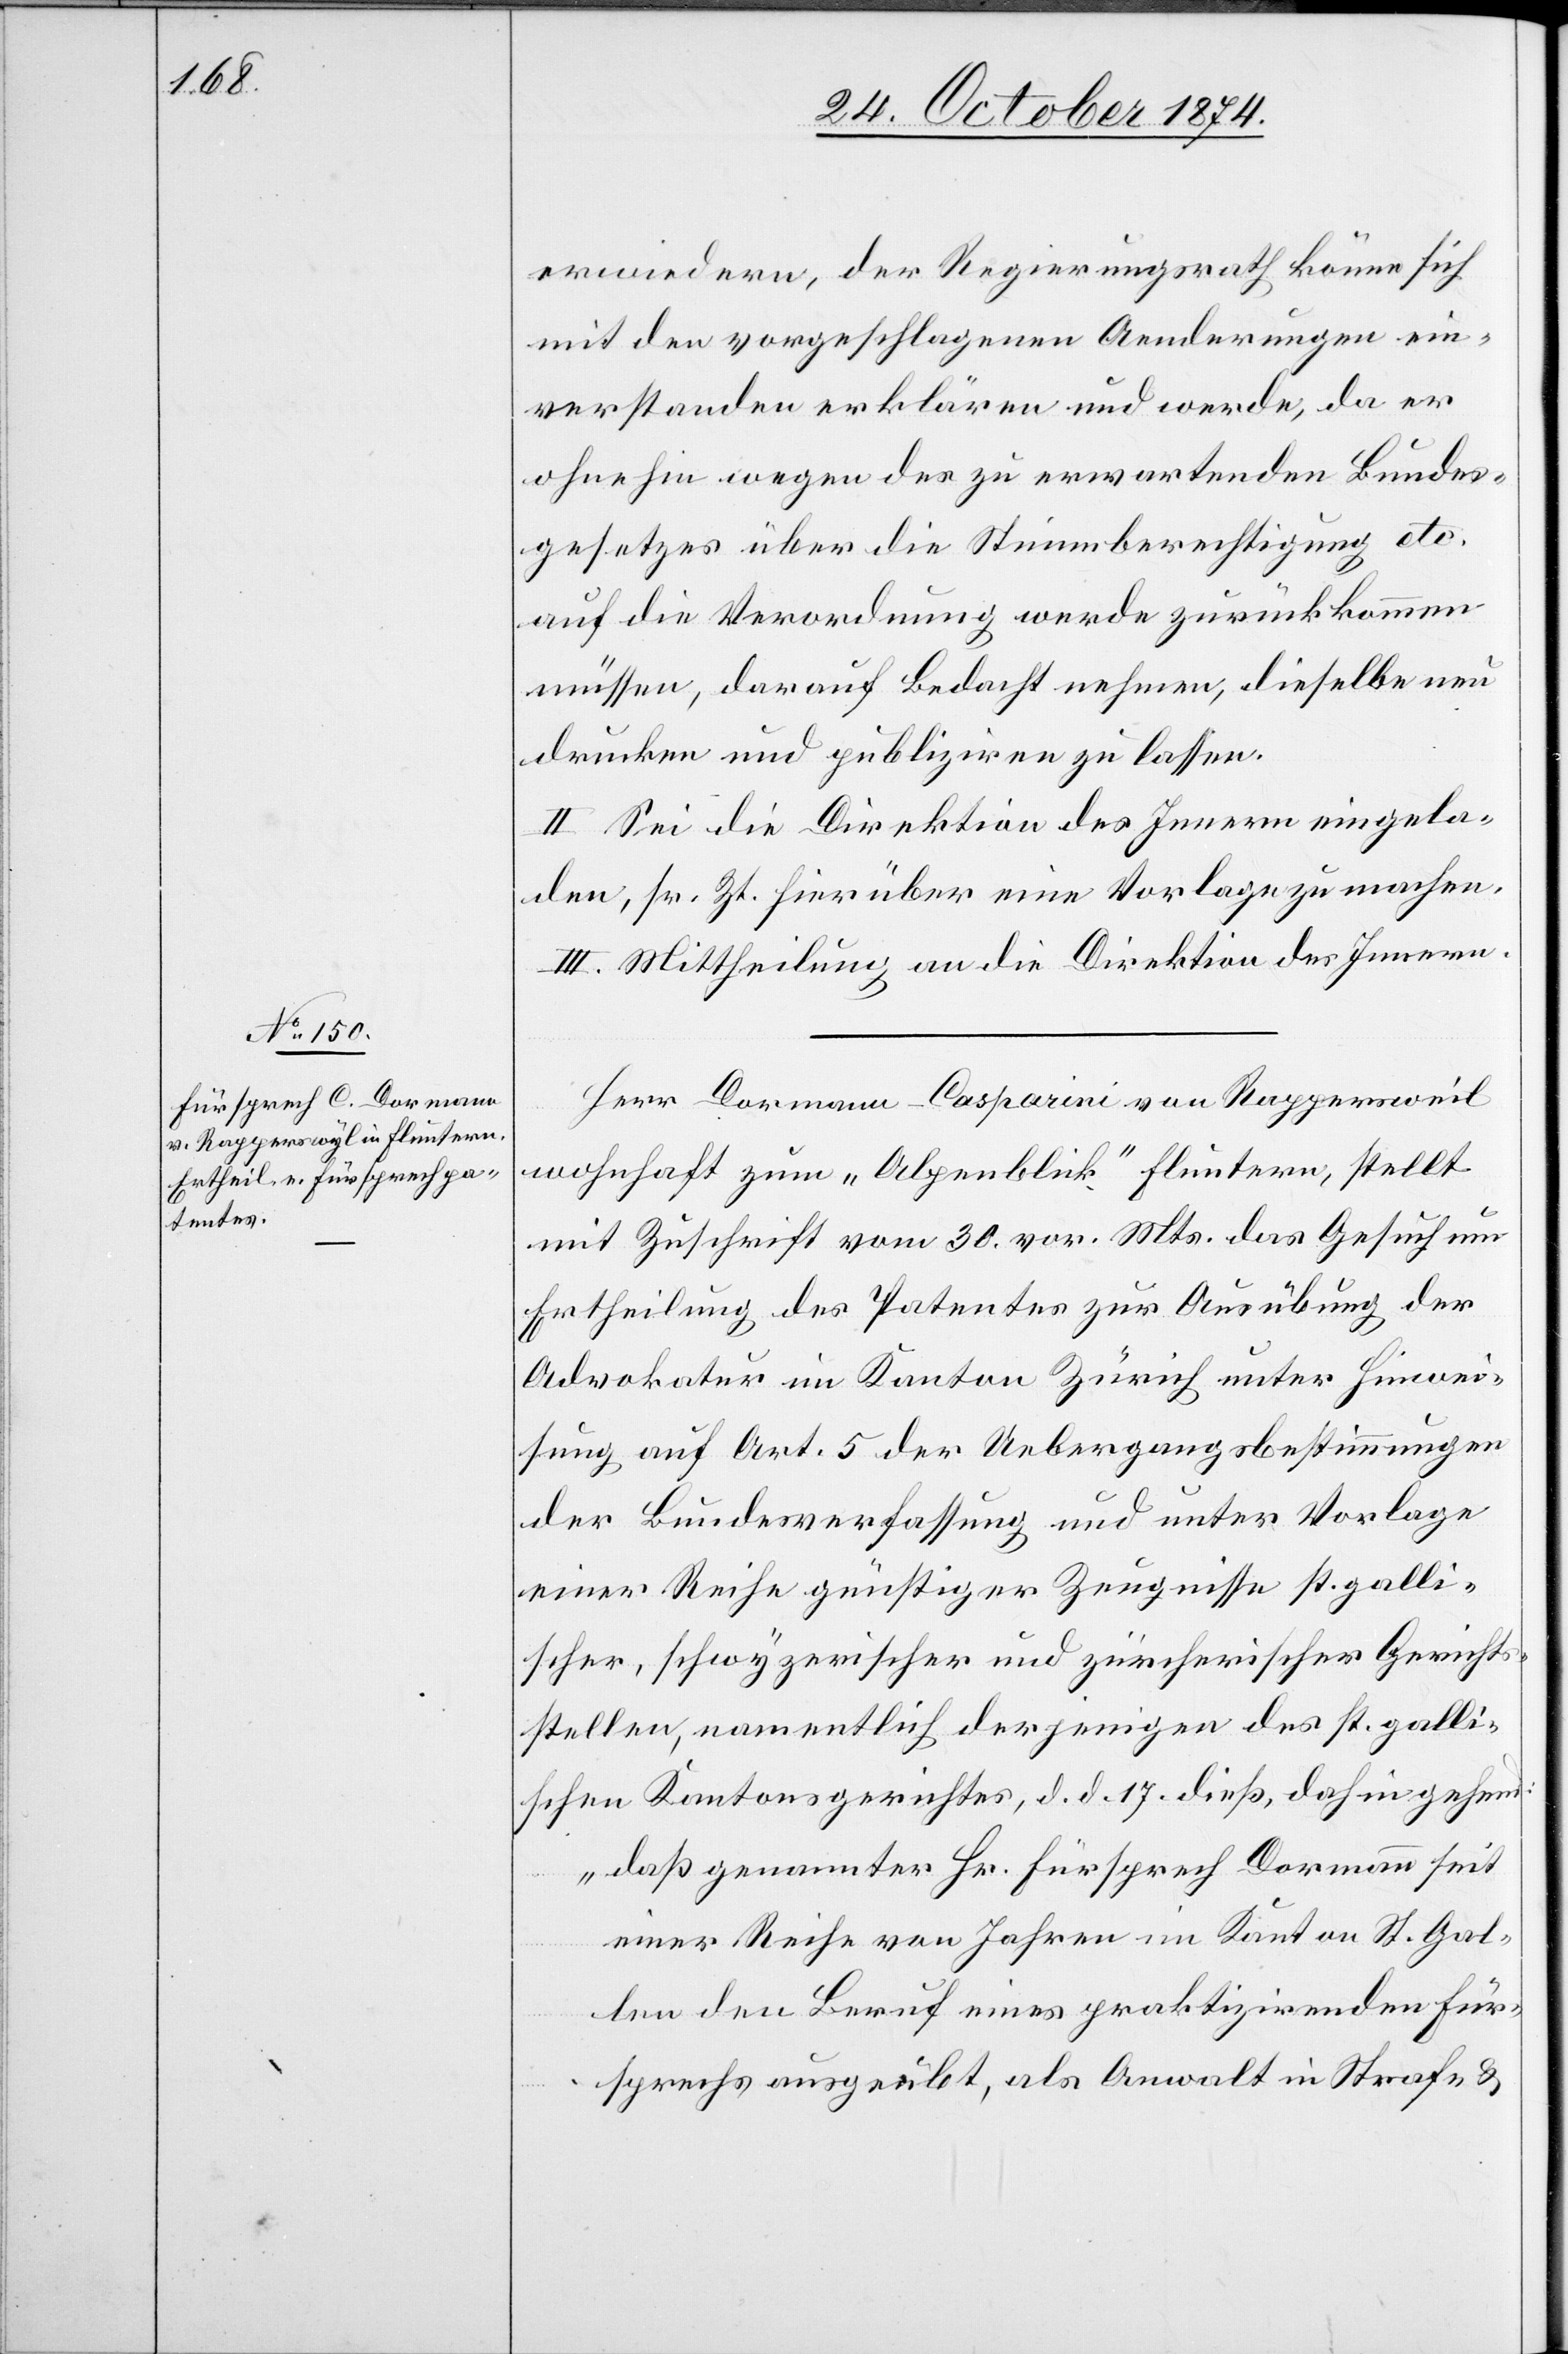
mit den vorgeschlagenen Aenderungen ein¬
verstanden erklären und werde, da er
ohnehin wegen des zu erwartenden Bundes¬
gesetzes über die Stimmberechtigung etc.
die Verordnung werde zurückkommen
müssen, darauf Bedacht nehmen, dieselben neu
drucken und publiziren zu lassen.
II. Sei die Direktion des Innern eingela¬
den, sr. Zt. hierüber eine Vorlage zu machen.
III. Mittheilung an die Direktion des Innern.
Herr Dormann-Casparini von Rappersweil
wohnhaft zum „Alpenblick“ Fluntern, stellt
mit Zuschrift vom 30. vor. Mts. das Gesuch um
Ertheilung des Patentes zur Ausübung der
Advokatur im Kanton Zürich unter Hinwei¬
sung auf Art. 5 der Uebergangsbestimmungen
der Bundesverfassung und unter Vorlage
einer Reihe günstiger Zeugnisse st. galli¬
scher, schwyzerischer und zürcherischer Gerichts¬
stellen, namentlich derjenigen des st. galli¬
schen Kantonsgerichtes, d. d. 17. dieß, dahingehend:
„daß genannter Hr. Fürsprech Dormann seit
einer Reihe von Jahren im Kanton St. Gal¬
len den Beruf eines praktizirenden Für¬
sprechs ausgeübt, als Anwalt in Straf- &